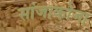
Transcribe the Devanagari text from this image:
सांजाकोजा